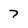
Character: 7